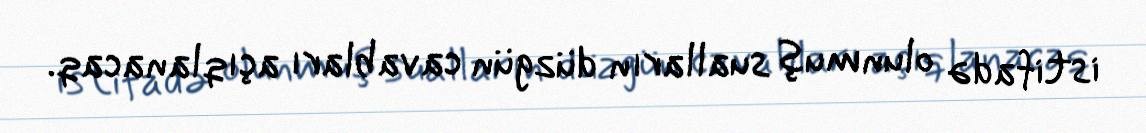
istifadə olunmuş sualların düzgün cavabları açıqlanacaq.